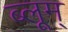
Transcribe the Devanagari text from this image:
ब्लूम्